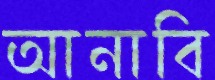
আনাবি